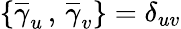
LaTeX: \left\{ \overline{{{\gamma}}}_{u}\, ,\, \overline{{{\gamma}}}_{v}\right\} =\delta_{uv}